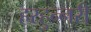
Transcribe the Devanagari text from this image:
हरहुन्‍नरी